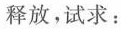
释放，试求：